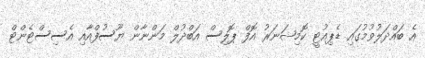
އެ ބައްދަލުވުމުގައި ޑެޕިއުޓީ ކޮމިޝަނަރު އޮފް ޕޮލިސް އަބްދުލް މަންނާން ޔޫސުފްއާއި އެސިސްޓެންޓް